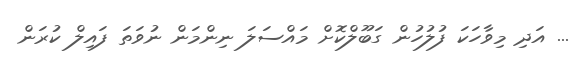
... އަދި މިވާހަކަ ފުލުހުން ގަބޫލްކޮށް މައްސަލަ ނިންމަން ނުވަތަ ފައިލް ކުރަން